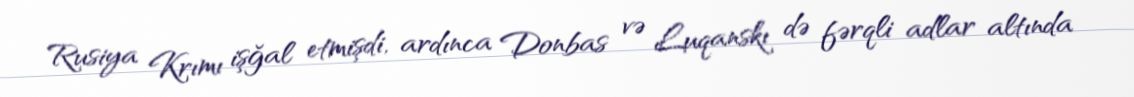
Rusiya Krımı işğal etmişdi, ardınca Donbas və Luqanskı də fərqli adlar altında